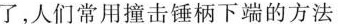
了，人们常用撞击锤柄下端的方法